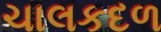
ચાલકદળ